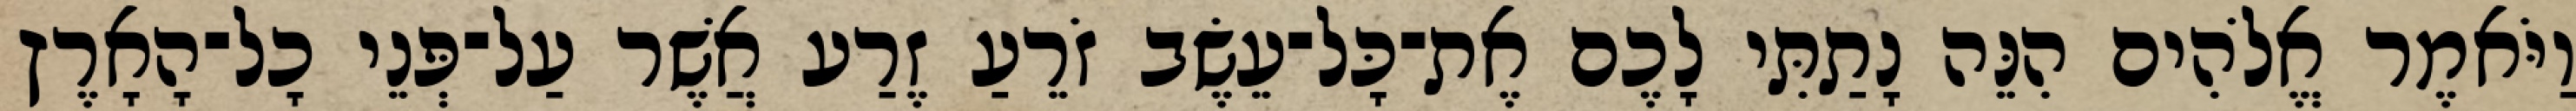
וַיֹּאמֶר אֱלֹהִים הִנֵּה נָתַתִּי לָכֶם אֶת־כָּל־עֵשֶׂב זֹרֵעַ זֶרַע אֲשֶׁר עַל־פְּנֵי כָל־הָאָרֶץ